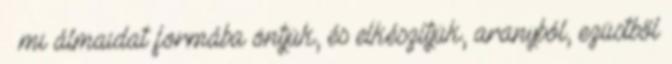
– mi álmaidat formába öntjük, és elkészítjük, aranyból, ezüstből